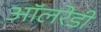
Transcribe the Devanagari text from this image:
ऑलरेडी